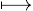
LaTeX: \scriptstyle\longmapsto